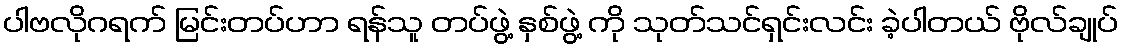
ပါဗလိုဂရက် မြင်းတပ်ဟာ ရန်သူ တပ်ဖွဲ့ နှစ်ဖွဲ့ ကို သုတ်သင်ရှင်းလင်း ခဲ့ပါတယ် ဗိုလ်ချုပ်